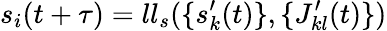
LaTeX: s_{i}(t+\tau)=ll_{s}(\{ s_{k}^{\prime}(t)\} ,\{ J_{kl}^{\prime}(t)\} )